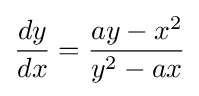
{\frac {dy}{dx}}={\frac {ay-x^{2}}{y^{2}-ax}}